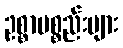
ဥစ္စာပစ္စည်းများ